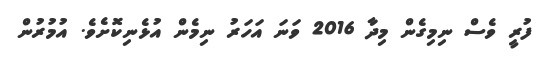
ފުރީ ވެސް ނިމިގެން މިދާ 2016 ވަނަ އަހަރު ނިމެން އުޅެނިކޮށެވެ. އުމުރުން